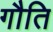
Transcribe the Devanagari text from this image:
गौति